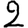
Digit: 2